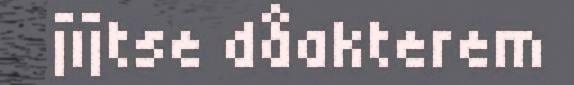
jïjtse dåakterem